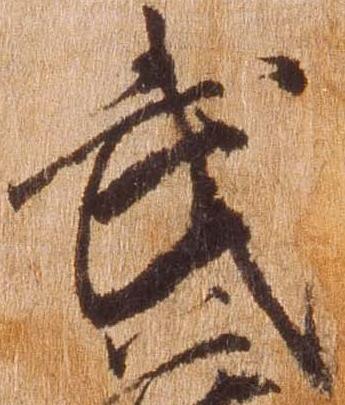
武